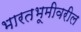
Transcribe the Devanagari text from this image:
भारतभूमीवरील